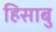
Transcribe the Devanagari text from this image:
हिसाबु